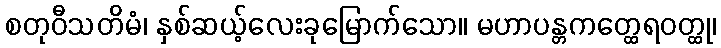
စတုဝီသတိမံ၊ နှစ်ဆယ့်လေးခုမြောက်သော။ မဟာပန္တကတ္ထေရဝတ္ထု၊